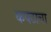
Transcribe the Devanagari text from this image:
कपटाचा